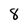
Character: 8